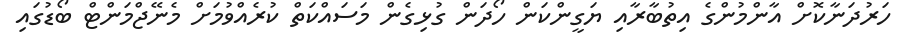
ހަރުދަނާކޮށް އާންމުންގެ އިތުބާރާއި ޔަގީންކަން ހޯދަން ގުޅިގެން މަސައްކަތް ކުރެއްވުމަށް މެނޭޖްމަންޓް ބޯޑުގައި